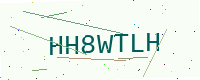
Text: HH8WTLH